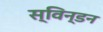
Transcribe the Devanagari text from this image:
स्विन्डन